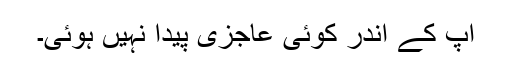
آپ کے اندر کوئی عاجزی پیدا نہیں ہوئی۔